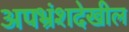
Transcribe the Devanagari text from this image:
अपभ्रंशदेखील